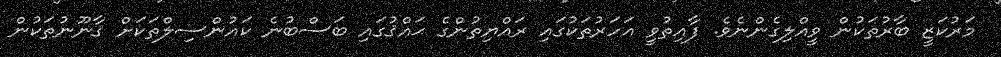
މަރުކަޒީ ބާރުތަކުން ވީއްލިގެންނެވެ. ފާއިތުވީ އަހަރުތަކުގައި ރައްޔިތުންގެ ޙައްޤުގައި ބަސްބުނެ ކައުންސިލްތަކަށް ޤާނޫނުތަކުން